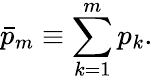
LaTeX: \bar{p}_{m}\equiv\sum_{k=1}^{m}{p_{k}}.